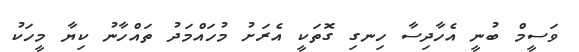
ވަސީމް ބުނީ އެހާދިސާ ހިނގި ގޮތަކީ އެރަށު މުހައްމަދު ތައްހާނު ކިޔާ މީހަކު